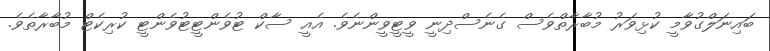
ބައިނަލްގުވާމީ ކުޅިވަރު މުބާރާތްވެސް ގެނެސްދިނީ ވީޓީވީންނެވެ. އެއީ ސާކް ޓުވެންޓީޓުވެންޓީ ކުރިކެޓް މުބާރާތެވެ.